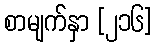
စာမျက်နှာ [၂၁၆]